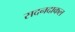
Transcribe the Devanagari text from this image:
सदनदाकल